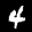
Label: 4